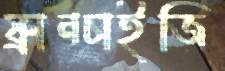
ফ্রানচাইজি